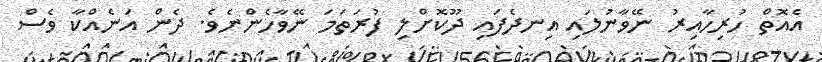
އެއޮތް ހުރިހާއިރު ނޭވާނުލައި އިނދެފައި ދޫކޮށްލި ފުރަތަމަ ނޭވާހެންނެވެ. ދެން އަނެއްކާ ވެސް